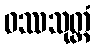
ဝဿသုတ္တံ